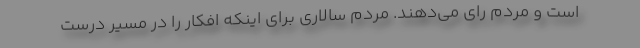
است و مردم رای می‌دهند. مردم سالاری برای اینکه افکار را در مسیر درست